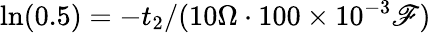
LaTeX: \ln(0.5)=-t_{2}/(10\Omega\cdot100\times10^{-3}\mathscr{F})